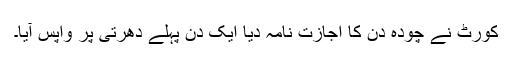
کورٹ نے چودہ دن کا اجازت نامہ دیا ایک دن پہلے دھرتی پر واپس آیا۔